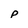
Character: p